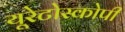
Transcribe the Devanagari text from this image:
यूरेटोस्कोपी